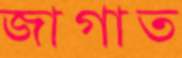
জাগাত